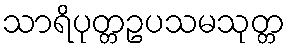
သာရိပုတ္တဥပသမသုတ္တ